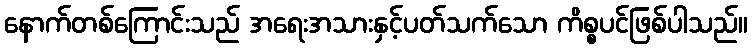
နောက်တစ်ကြောင်းသည် အရေးအသားနှင့်ပတ်သက်သော ကိစ္စပင်ဖြစ်ပါသည်။